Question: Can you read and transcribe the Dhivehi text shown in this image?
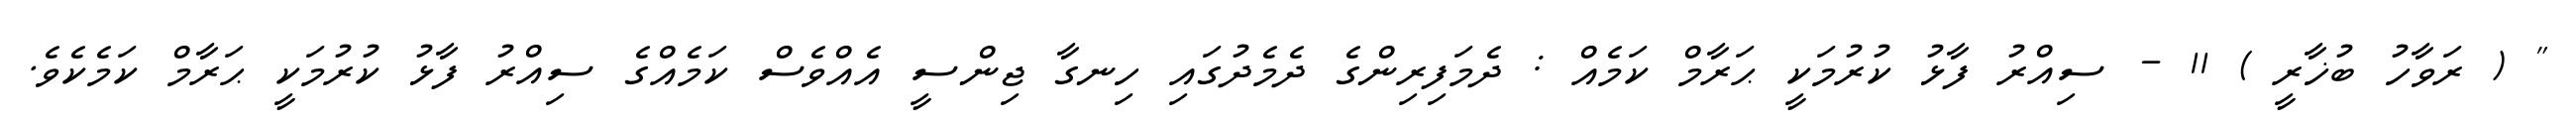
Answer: " ( ރަވާހު ބުޚާރީ ) 11 - ސިއްރު ފާޅު ކުރުމަކީ ޙަރާމް ކަމެއް : ދެމަފިރިންގެ ދެމެދުގައި ހިނގާ ޖިންސީ އެއްވެސް ކަމެއްގެ ސިއްރު ފާޅު ކުރުމަކީ ޙަރާމް ކަމެކެވެ.